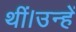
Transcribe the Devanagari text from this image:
थीं।उन्हें